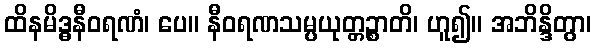
ထိနမိဒ္ဓနီဝရဏံ၊ ပေ။ နီဝရဏသမ္ပယုတ္တဉ္စာတိ၊ ဟူ၍။ အဘိန္ဒိတွာ၊